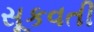
સૂકવતી